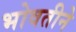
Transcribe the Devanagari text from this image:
भोवतीने